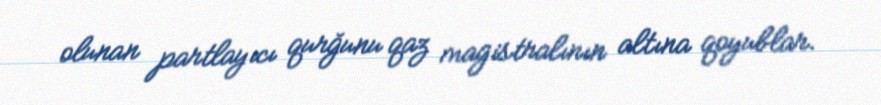
olunan partlayıcı qurğunu qaz magistralının altına qoyublar.